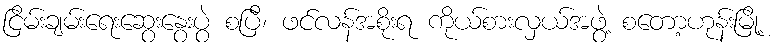
ငြိမ်းချမ်းရေးဆွေးနွေးပွဲ စပြီ၊ ဖင်လန်အစိုးရ ကိုယ်စားလှယ်အဖွဲ့ စတော့ဟုန်းမြို့